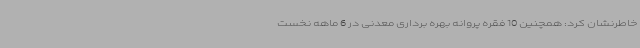
خاطرنشان کرد: همچنین 10 فقره پروانه بهره برداری معدنی در 6 ماهه نخست